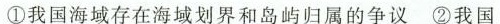
①我国海域存在海域划界和岛屿归属的争议 ②我国